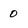
Character: 0